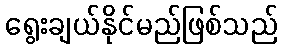
ရွေးချယ်နိုင်မည်ဖြစ်သည်